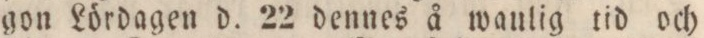
gon Lördagen d. 22 dennes å wanlig tid och